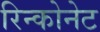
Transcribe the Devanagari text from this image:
रिन्कोनेट